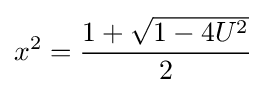
x^{2}={\frac {1+{\sqrt {1-4U^{2}}}}{2}}